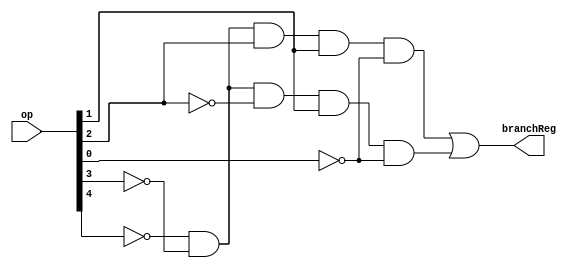
module useBranchReg(op, branchReg);

	input[4:0] op;
	output branchReg;

	wire[4:0] nop;
	
	genvar i;
	
	generate
		for (i = 0; i < 5; i = i + 1) begin: loop0
			not invop(nop[i], op[i]);
		end
	endgenerate
	
	wire blt, bne;
	
	and checkBNE(bne, nop[4], nop[3], nop[2], op[1], nop[0]);
	and checkBLT(blt, nop[4], nop[3], op[2], op[1], nop[0]);
	
	or useBranchData(branchReg, blt, bne);
	
endmodule